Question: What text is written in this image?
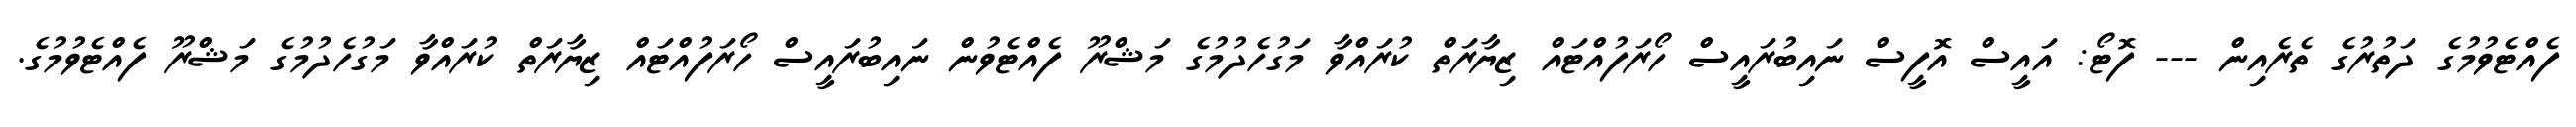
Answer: ފެއްޓެވުމުގެ ދަތުރުގެ ތެރެއިން --- ފޮޓޯ: އައީސް އޮފީސް ނައިބުރައީސް ހޯރަފުއްޓައް ޒިޔާރަތް ކުރައްވާ މަގުހެދުމުގެ މަޝްރޫ ފެއްޓެވުން ނައިބުރައީސް ހޯރަފުއްޓައް ޒިޔާރަތް ކުރައްވާ މަގުހެދުމުގެ މަޝްރޫ ފެއްޓެވުމުގެ.